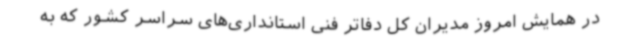
در همایش امروز مدیران کل دفاتر فنی استانداری‌های سراسر کشور که به